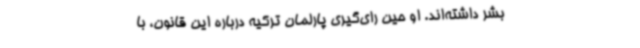
بشر داشته‌اند. او حین رای‌گیری پارلمان ترکیه درباره این قانون، با